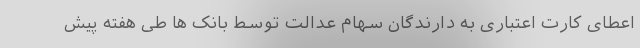
اعطای کارت اعتباری به دارندگان سهام عدالت توسط بانک ها طی هفته پیش